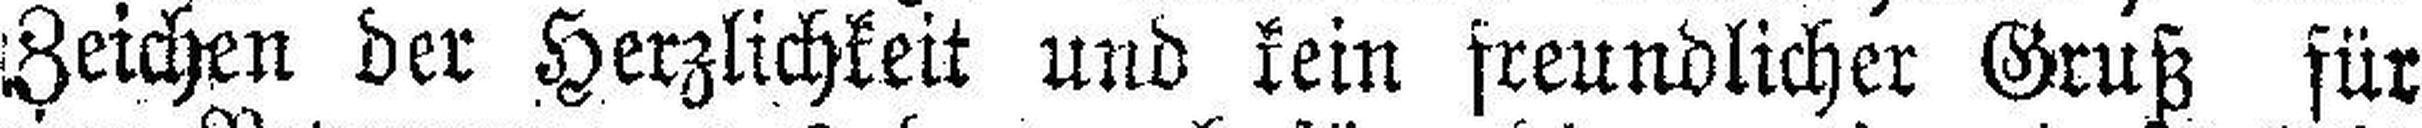
Zeichen der Herzlichkeit und kein freundlicher Gruß für